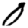
Digit: 0